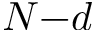
N { - } d